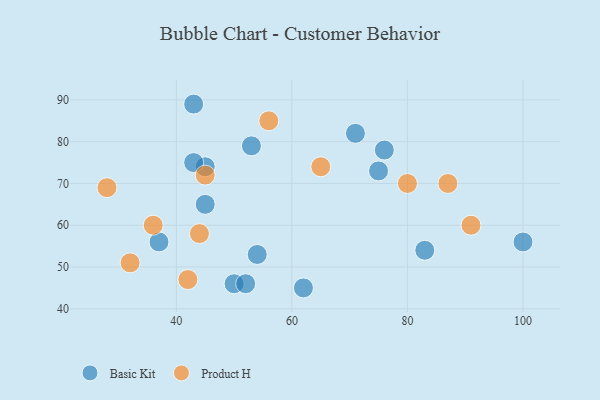
{"axis": {"x": "GDP", "y": "Life Expectancy"}, "legend": ["Basic Kit", "Product H"], "data": [{"x": "45", "y": 74, "type": "Basic Kit"}, {"x": "71", "y": 82, "type": "Basic Kit"}, {"x": "100", "y": 56, "type": "Basic Kit"}, {"x": "45", "y": 65, "type": "Basic Kit"}, {"x": "75", "y": 73, "type": "Basic Kit"}, {"x": "62", "y": 45, "type": "Basic Kit"}, {"x": "43", "y": 89, "type": "Basic Kit"}, {"x": "76", "y": 78, "type": "Basic Kit"}, {"x": "50", "y": 46, "type": "Basic Kit"}, {"x": "53", "y": 79, "type": "Basic Kit"}, {"x": "83", "y": 54, "type": "Basic Kit"}, {"x": "52", "y": 46, "type": "Basic Kit"}, {"x": "43", "y": 75, "type": "Basic Kit"}, {"x": "37", "y": 56, "type": "Basic Kit"}, {"x": "54", "y": 53, "type": "Basic Kit"}, {"x": "32", "y": 51, "type": "Product H"}, {"x": "80", "y": 70, "type": "Product H"}, {"x": "65", "y": 74, "type": "Product H"}, {"x": "42", "y": 47, "type": "Product H"}, {"x": "87", "y": 70, "type": "Product H"}, {"x": "45", "y": 72, "type": "Product H"}, {"x": "36", "y": 60, "type": "Product H"}, {"x": "91", "y": 60, "type": "Product H"}, {"x": "44", "y": 58, "type": "Product H"}, {"x": "28", "y": 69, "type": "Product H"}, {"x": "56", "y": 85, "type": "Product H"}]}